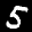
Label: 5